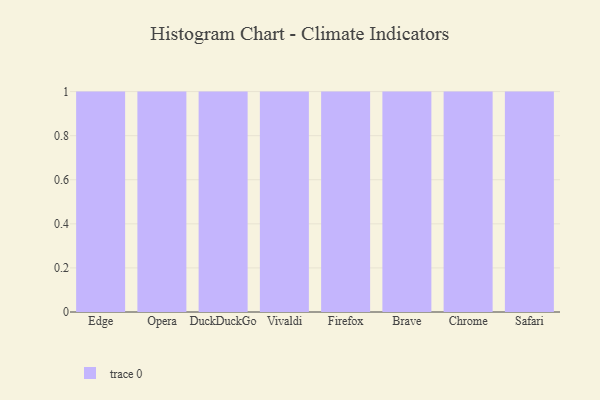
{"axis": {"x": "Browser", "y": "Humidity (%)"}, "legend": [""], "data": [{"x": "Edge", "y": 42, "type": ""}, {"x": "Opera", "y": 58, "type": ""}, {"x": "DuckDuckGo", "y": 23, "type": ""}, {"x": "Vivaldi", "y": 22, "type": ""}, {"x": "Firefox", "y": 29, "type": ""}, {"x": "Brave", "y": 12, "type": ""}, {"x": "Chrome", "y": 7, "type": ""}, {"x": "Safari", "y": 94, "type": ""}]}